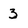
Character: 3